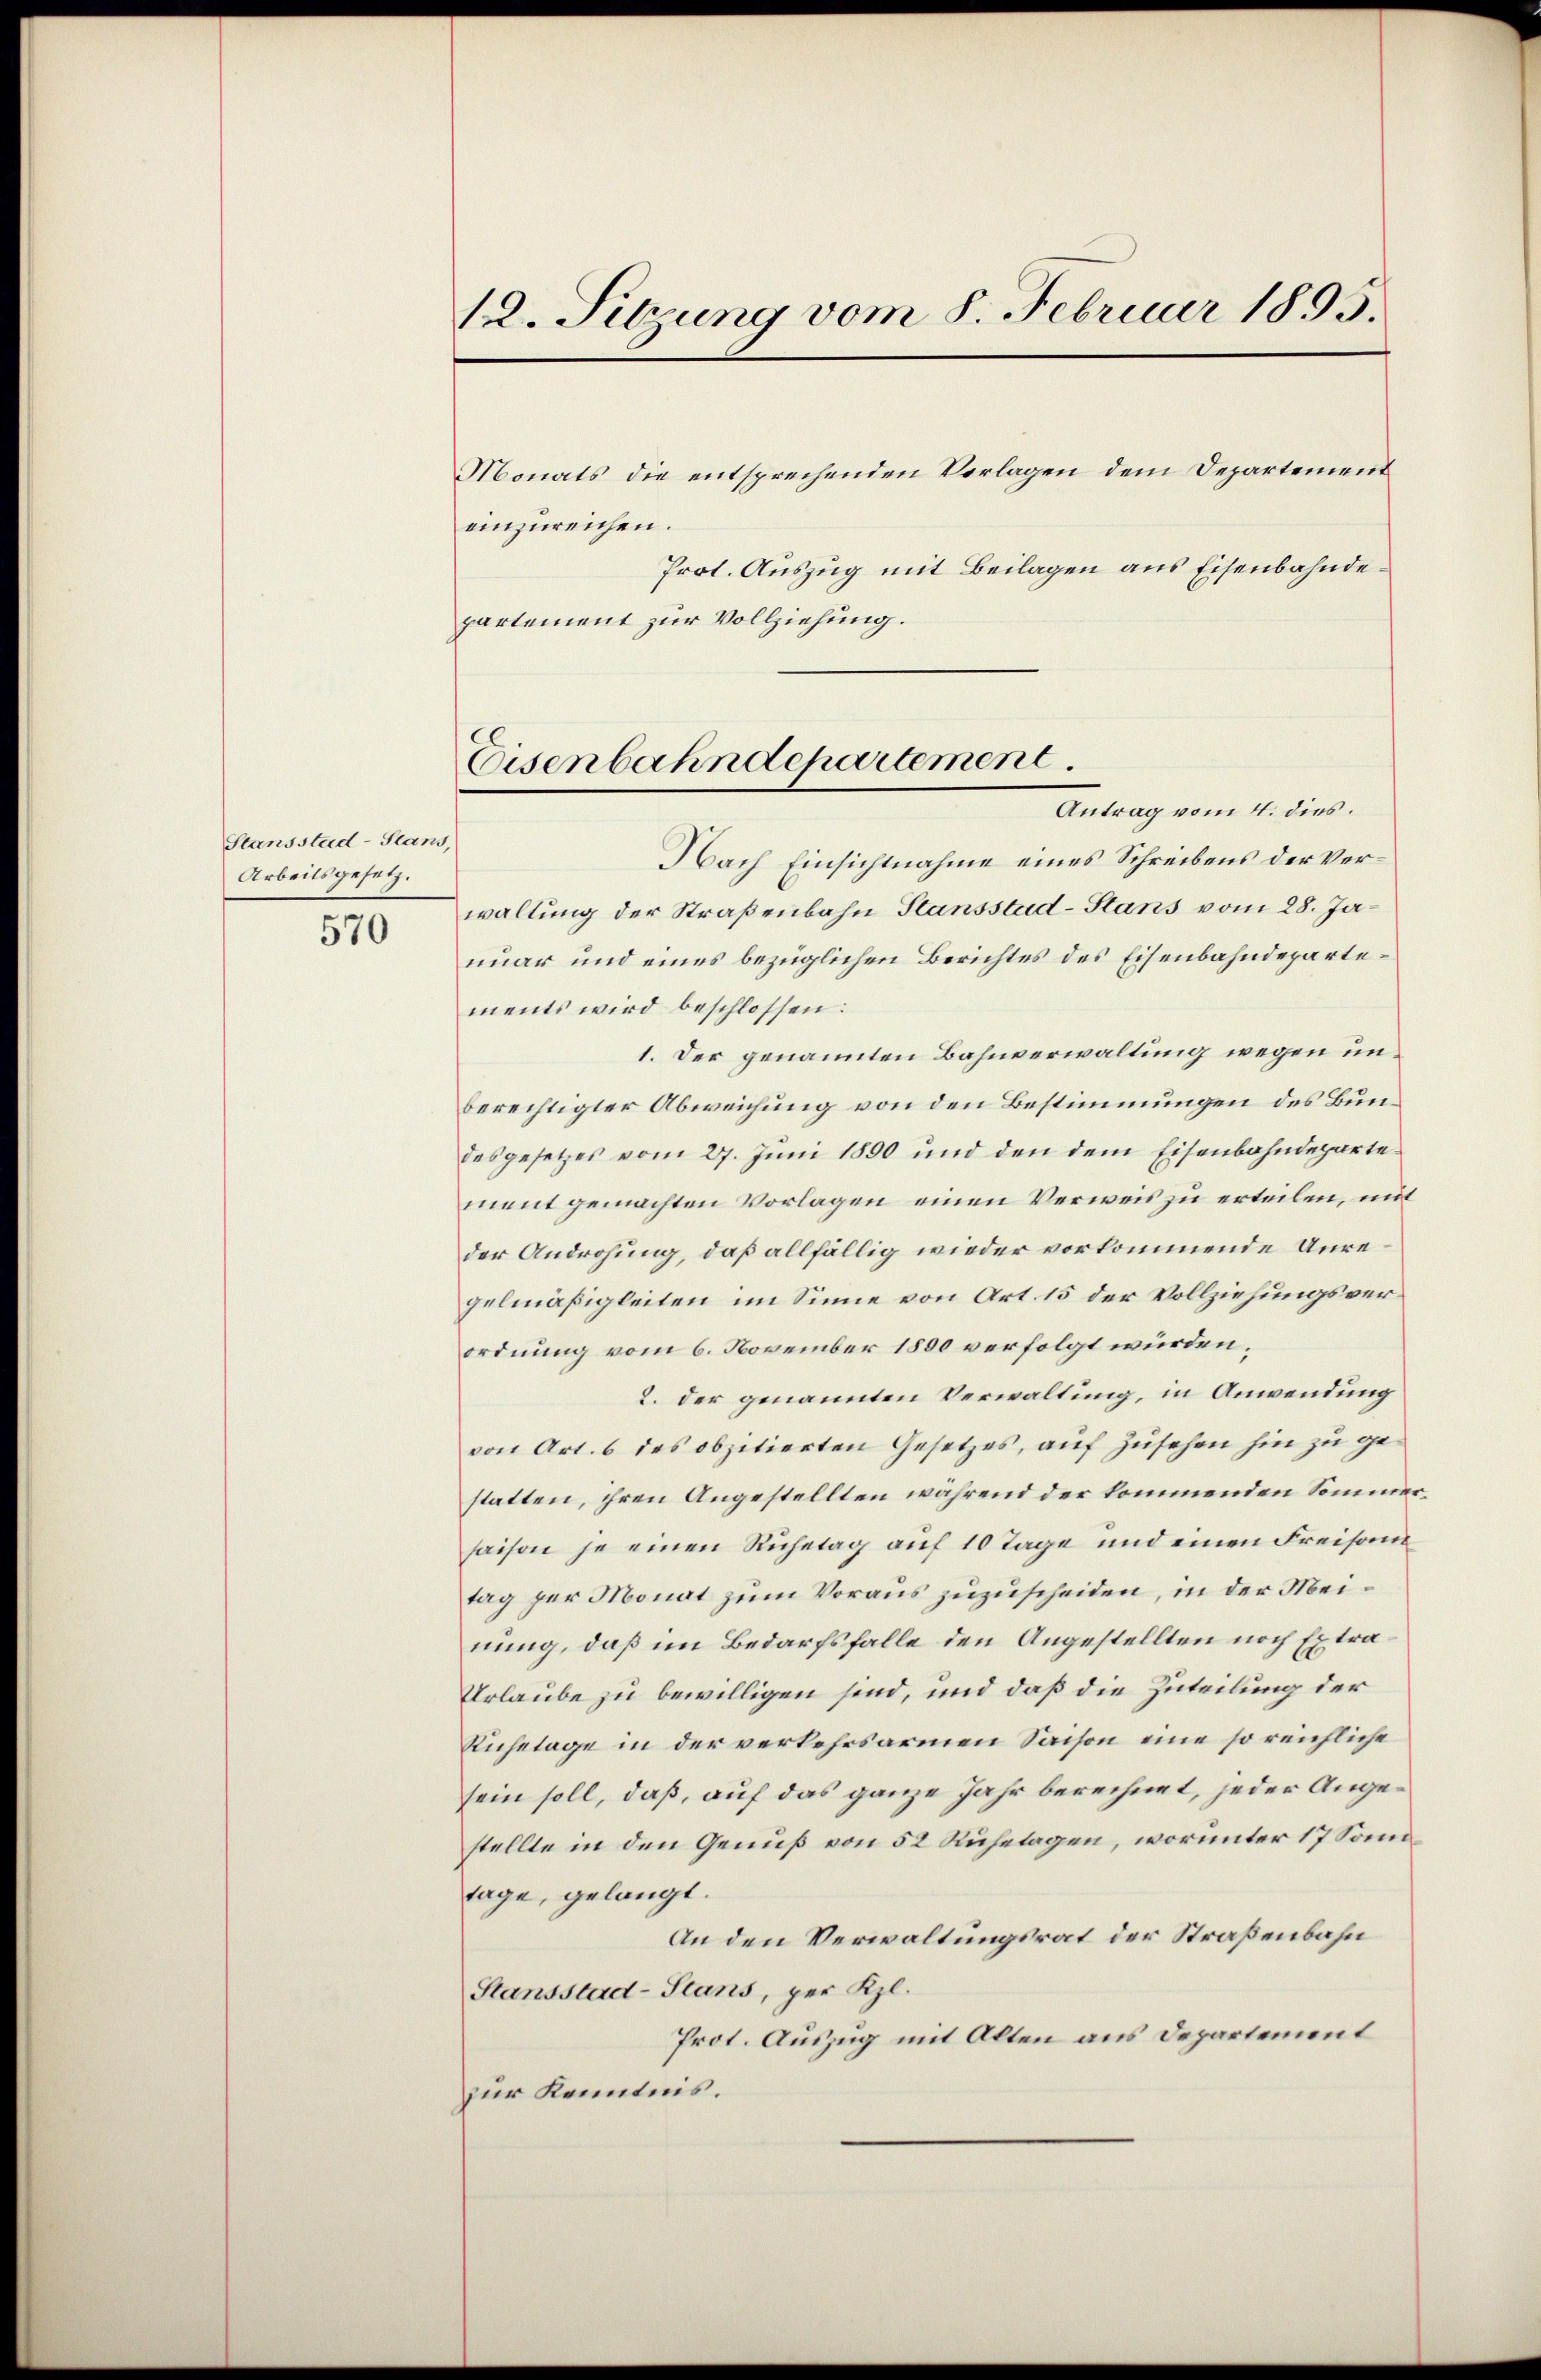
Stansstad-Plans,
Arbeitsgesetz.

570

12. Sitzung vom 8. Februar 1895.

Monats die entsprechenden Vorlagen dem Departement
einzureichen.
Prot. Auszug mit Beilagen aus Eisenbahndepartement zur Vollziehung.

Eisenbahndepartement.

Antrag vom 4. dies
Nach Einsichtnahme eines Schreibens der Verwaltung der Straßenbahn Stansstud-Stans vom 28. Januar und eines bezüglichen Berichtes des Eisenbahndepartements wird beschlossen:
1. Der genannten Bahnverwaltung wegen unberechtigter Abweichung von den Bestimmungen des Bundesgesetzes vom 27. Juni 1890 und den dem Eisenbahndeparte
ment gemachten Vorlagen einen Verweis zu erteilen, mit
der Androhung, daß allfällig wieder vorkommende Unregelmäßigkeiten im Sinne von Art. 15 der Vollziehungsverordnung vom 6. November 1800 verfolgt würden,
2. der genannten Verwaltung, in Anwendung
von Art. 6 des obzitierten Gesetzes, auf Zusehen hin zu gestatten, ihren Angestellten während der kommenden Sommersaison je einen Ruhetag auf 10 Tage und einen Freisam
tag zur Monat zum Voraus zuzuscheiden, in der Meinung, daß im Bedarfsfalle den Angestellten noch Extra¬
Urlaube zu bewilligen sind, und daß die Zuteilung der
Auhetage in der verkehrsarmen Saison eine so reichliche
sein soll, daß, auf das ganze Jahr berechnet, jeder Angestellte in den Genuß von 52 Ruhetagen, worunter 17 Somtage, gelangt.
An den Verwaltungsrat der Straßenbahn
Stansstad-Stans, per Kl.
Prot. Auszug mit Alten aus Departement
zur Kenntnis.